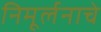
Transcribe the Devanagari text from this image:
निमूर्लनाचे